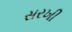
સરખી